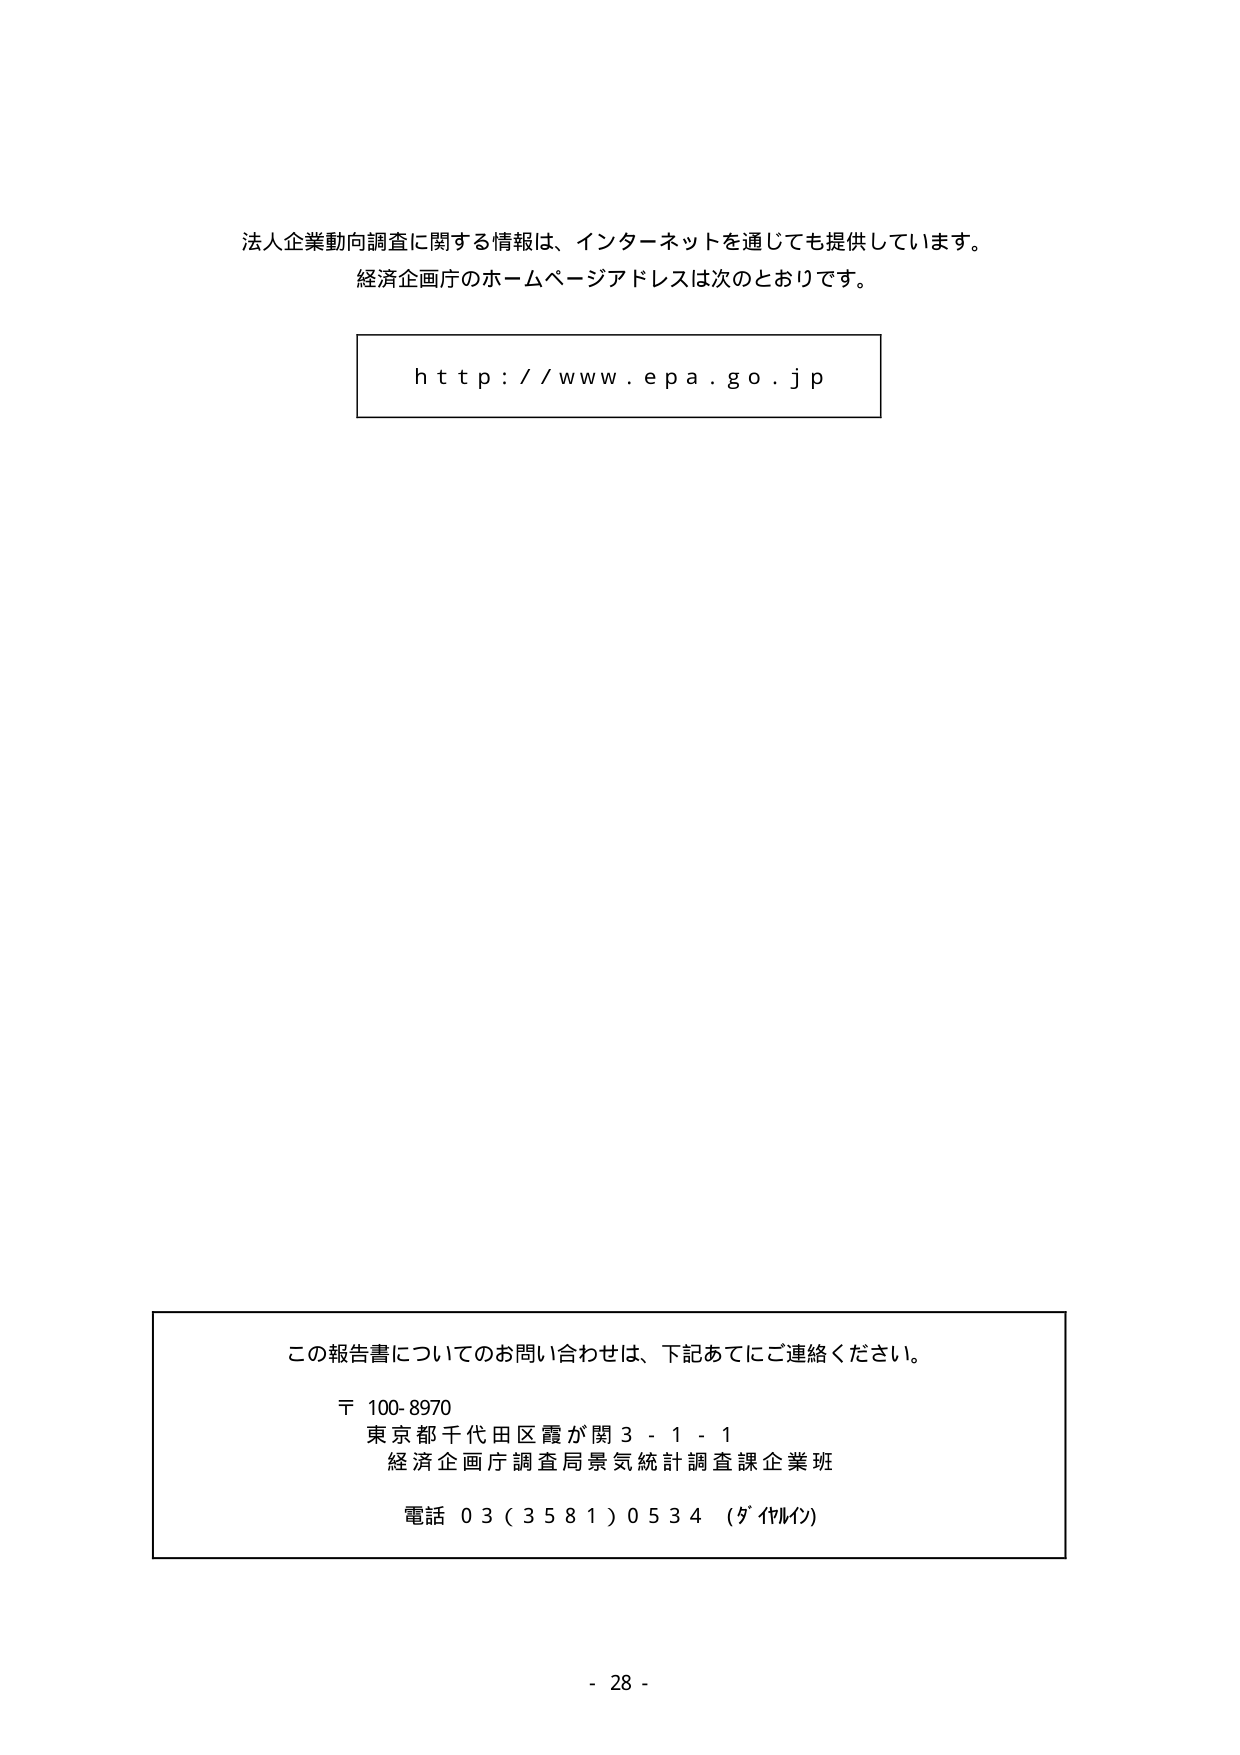
法人企業動向調査に関する情報は、インターネットを通じても提供しています。
経済企画庁のホームページアドレスは次のとおりです。

h t t p : / / w w w. e p a. g o. j p

この報告書についてのお問い合わせは、下記あてにご連絡ください。
〒 100-8970
東京都千代田区霞が関 3 - 1 - 1
経済企画庁調査局景気統計調査課企業班
電話 03（3581）0534 （ダイヤルイン）

- 28 -